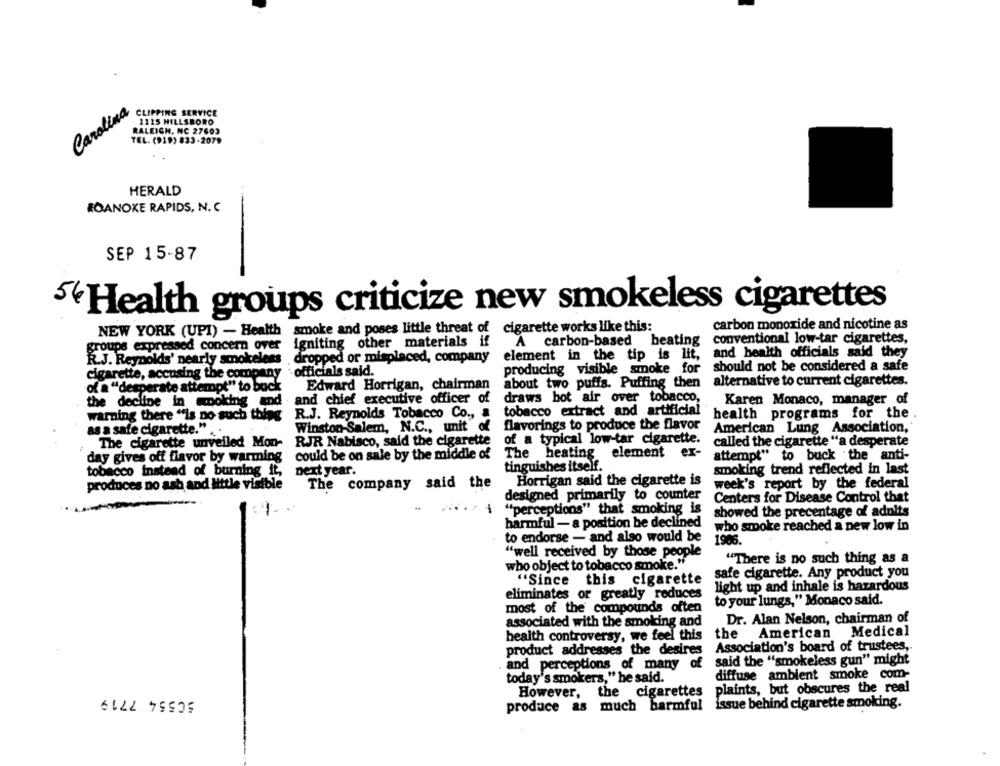
Carolina
CLIPPING SERVICE
1115 HILLSBORO
RALEIGH, NC 27603
TEL. (919) 833-2079
HERALD
ROANOKE RAPIDS, N. C
SEP 15-87
54 Health groups criticize new smokeless cigarettes
NEW YORK (UPI) - Health smoke and poses little threat of cigarette works like this:
carbon monoxide and nicotine as
groups expressed concern over
igniting other materials if
A carbon-based beating
conventional low-tar cigarettes,
R.J. Reynolds' nearly smokeless
dropped or misplaced, company
element in the tip is lit,
and health officials said they
should not be considered a safe
cigarette, accusing the company
-officials said.
producing visible smoke for
about two puffs. Puffing then
alternative to current cigarettes.
of a "desperate attempt" to back
Edward Horrigan, chairman
and chief executive officer of
draws hot air over tobacco,
the decline in woking and
Karen Monaco, manager of
tobacco extract and artificial
warning there "is no such thing
R.J. Reynolds Tobacco Co ., a
health programs for the
Winston-Salem, N.C ., unit of flavorings to produce the flavor
American Lung Association,
as a safe cigarette." ...
The cigarette unveiled Mon-
RJR Nabisco, said the cigarette
of a typical low-tar cigarette.
called the cigarette "a desperate
day gives off flavor by warming could be on sale by the middle of
The heating element ex-
attempt" to buck the anti-
tinguishes itself.
tobacco instead of burning it,
next year.
smoking trend reflected in last
Horrigan said the cigarette is
produces no ash and little visible
The company said the
week's report by the federal
designed primarily to counter
Centers for Disease Control that
"perceptions" that smoking is
showed the precentage of adults
harmful - a position be declined
who smoke reached a new low in
to endorse - and also would be
1966.
"well received by those people
"There is no such thing as a
who object to tobacco smoke."
safe cigarette. Any product you
"Since this cigarette
light up and inhale is hazardous
eliminates or greatly reduces
to your lungs," Monaco said.
most of the compounds often
Dr. Alan Nelson, chairman of
associated with the smoking and
the American Medical
health controversy, we feel this
product addresses the desires
Association's board of trustees,
and perceptions of many
of
said the "smokeless gun" might
diffuse ambient smoke com-
today's smokers," he said.
plaints, but obscures the real
50554 7719
However,
the cigarettes
much harmful
issue behind cigarette smoking.
produce